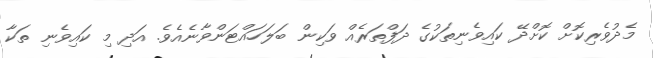
މެދުވެރިކޮށް ކޮށްދޭ ކައިވެނިތަކުގެ ދަފްތަރެއް ވަކިން ބަލަހައްޓަންވާނެއެވެ. އަދި މި ކައިވެނި ތަކާ